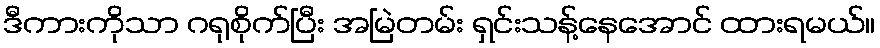
ဒီကားကိုသာ ဂရုစိုက်ပြီး အမြဲတမ်း ရှင်းသန့်နေအောင် ထားရမယ်။